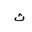
Letter: _tha